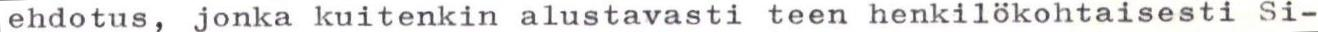
ehdotus, jonka kuitenkin alustavasti teen henkilökohtaisesti Si-